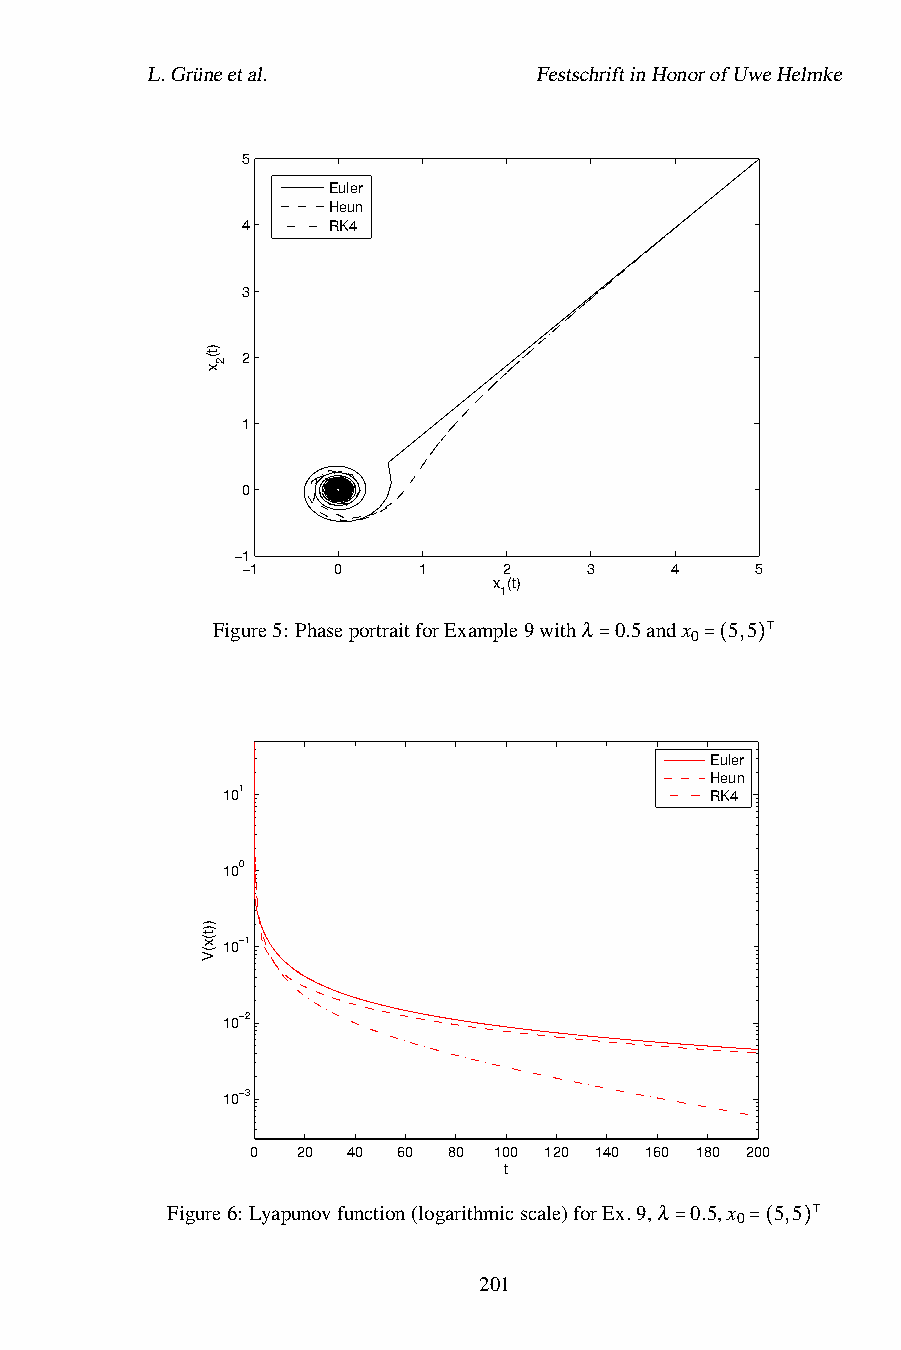
L.Grüneetal.              FestschriftinHonorofUweHelmke
 5
 Euler
 Heun
 4     RK4
 3
 2
 1
 0
 −1
 −1    0     1    2     3    4     5
 x (t)
 1
 Figure5: PhaseportraitforExample9withλ 0.5andx 5,5
 0
 ⊺
 =      =( )
 Euler
 Heun
 101                             RK4
 100
 10−1
 10−2
 10−3
 0  20 40 60  80 100 120 140 160 180 200
 t
 Figure6: Lyapunovfunction(logarithmicscale)forEx.9,λ 0.5,x 5,5
 0
 ⊺
 =    =( )
 201
 )t(
 x
 ))t(x(V
 2